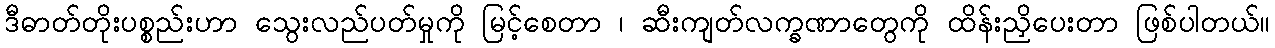
ဒီဓာတ်တိုးပစ္စည်းဟာ သွေးလည်ပတ်မှုကို မြင့်စေတာ ၊ ဆီးကျတ်လက္ခဏာတွေကို ထိန်းညှိပေးတာ ဖြစ်ပါတယ်။